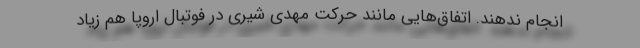
انجام ندهند. اتفاق‌هایی مانند حرکت مهدی شیری در فوتبال اروپا هم زیاد